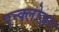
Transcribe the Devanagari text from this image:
एन्क्लोज़र